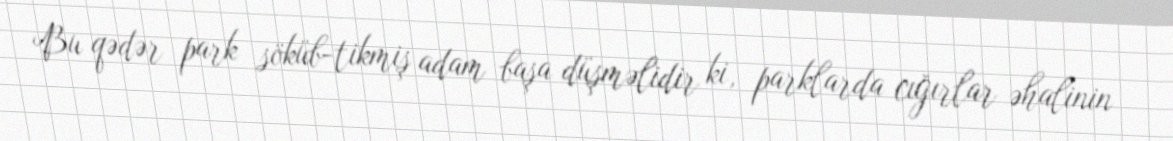
Bu qədər park söküb-tikmiş adam başa düşməlidir ki, parklarda cığırlar əhalinin